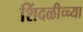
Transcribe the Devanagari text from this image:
शिंदळीच्च्या